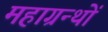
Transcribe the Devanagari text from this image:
महाग्रन्थों